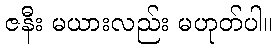
ဇနီး မယားလည်း မဟုတ်ပါ။